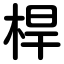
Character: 桿